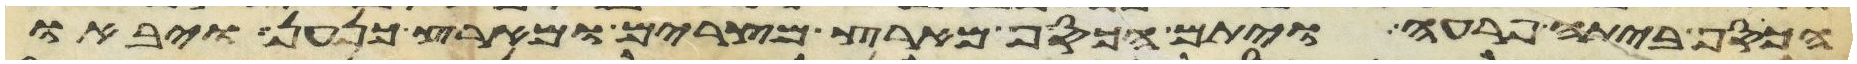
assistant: הכסף ביתה פרעה ויתם הכסף מארץ מצרים ומארץ כנען ויבאו